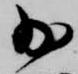
少